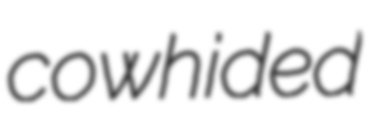
cowhided